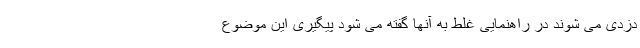
دزدی می شوند در راهنمایی غلط به آنها گفته می شود پیگیری این موضوع